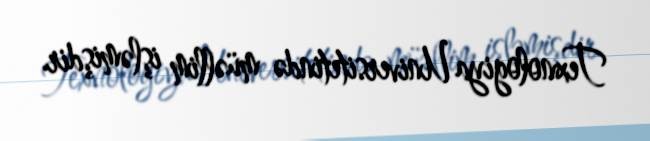
Texnologiya Universitetində müəllim işləmişdir.